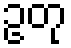
ဥတု